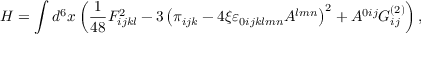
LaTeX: H = \int d ^ { 6 } x \left( \frac { 1 } { 4 8 } F _ { i j k l } ^ { 2 } - 3 \left( \pi _ { i j k } - 4 \xi \varepsilon _ { 0 i j k l m n } A ^ { l m n } \right) ^ { 2 } + A ^ { 0 i j } G _ { i j } ^ { ( 2 ) } \right) ,